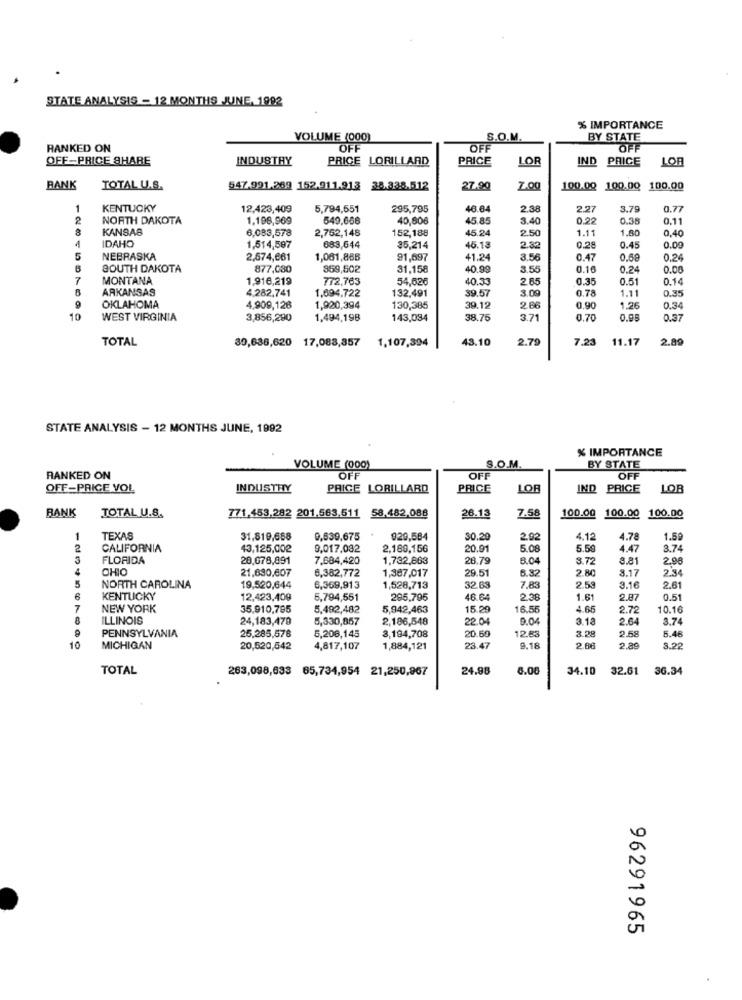
STATE ANALYSIS - 12 MONTHS JUNE, 1992
% IMPORTANCE
VOLUME (000)
S.O.M.
BY STATE
RANKED ON
OFF
OFF
OF
OFF-PRICE SHARE
INDUSTRY
PRICE LORILLARD
PRICE
LOR
IND PRICE
LOB
BANK
TOTAL U.S.
547.991.269 152.911.913 38.338.512
27.90
Z.0g
100.00 100.00
100.00
KENTUCKY
12,423,409
5,794,551
295,795
46.6
2.38
2.27
3.79
0.77
NORTH DAKOTA
1.196,969
549,668
40,806
45.85
3.40
0.22
0.38
0.11
KANSAS
6,083,578
2,752,148
152,188
45.24
2.50
1.11
1.80
0,40
IDAHO
1,514,597
683,644
35,214
45.13
2.32
0,28
0.45
0.09
NEBRASKA
2,574,661
1,061,866
91,697
41.24
3.56
0.47
0.68
0.24
SOUTH DAKOTA
877,030
359,502
31,158
40.99
3.55
0.16
0.24
0.00
MONTANA
1,916,219
772,763
54,626
40.33
2.85
0.35
0.51
0.14
ARKANSAS
4,282,741
132,491
39.57
3.00
0.78
1.11
0.35
1,694.722
OKLAHOMA
4,909,126
1,920,394
130,385
39.12
2.86
0.90
1.26
0.34
1201507690
WEST VIRGINIA
3,856,290
1,494,198
143,034
38.75
3.7
0.70
0.95
0.37
TOTAL
30,636,620 17,083,857
1,107,394
43.10
2.79
7.23
11.17
2.89
STATE ANALYSIS - 12 MONTHS JUNE, 1992
% IMPORTANCE
VOLUME (000)
S.O.M.
BY STATE
RANKED ON
OFF
OFF
OFF
OFF-PRICE VOL
INDUSTRY
PRICE LORILLARD
PRICE
LOF
IND PRICE
LOB
BANK
TOTAL U.S.
771,453.282 201.563.511 58.482,088
26.13
7.58
100.00 100.00 100.00
TEXAS
31,819,688
0,639,675
929,584
30.2
2.92
4.12
4.78
1.59
2
CALIFORNIA
43,125,002
9,017,032
2,189,156
20.91
5.08
5.5
4.47
3.74
3
FLORIDA
20,678,891
7.684,420
1,732,663
28.79
8.04
3.72
9.81
2.98
OHIO
21,630,607
6,382,772
1,387,017
29.51
6.82
2.80
8.17
2.34
5
NORTH CAROLINA
19,520,644
6,369,913
1,528,713
32.63
7.83
2.59
3.16
2.61
KENTUCKY
12,423,409
5,794,561
295,795
46.64
2.38
1.61
2.87
0.51
7
NEW YORK
35,910,795
5,492,482
5,942,463
15.29
16.5
4.66
2.72
10.16
ILLINOIS
24,183,470
5,330,857
2.186,548
22.04
9.04
3.12
2.64
3.74
5,208,145
12.83
3.28
2.58
PENNSYLVANIA
25,285,578
3,184,708
20.6
5.46
10
MICHIGAN
20,520,542
4,817,107
1,884,121
23.47
9.18
2.68
3.22
TOTAL
263,098,633 65,734,954 21,250,967
24.98
8.06
34.10
32.61
36.34
96291965